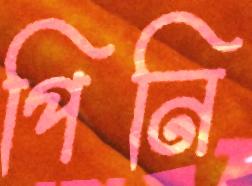
পিনি